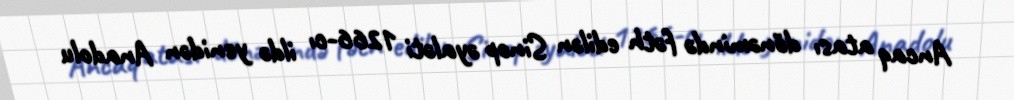
Ancaq atası dönəmində fəth edilən Sinop əyaləti 1266-cı ildə yenidən Anadolu